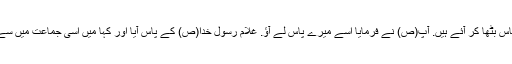
انہوں نے عرض کی: جی ہاں ہمارا سب سے بوڑھا غلام جس کو ہم اپنے سامان و اموال کے پاس بٹھا کر آئے ہیں. آپ(ص) نے فرمایا اسے میرے پاس لے آؤ. غلام رسول خدا(ص) کے پاس آیا اور کہا میں اسی جماعت میں سے ہوں جن کی حاجات آپ نے برآوردہ کی ہیں، کیا آپ میری حاجت بھی پوری کر سکتے ہیں؟